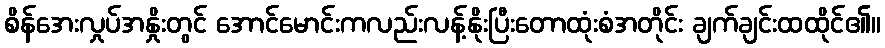
စိန်အေးလှုပ်အနှိုးတွင် အောင်မောင်းကလည်းလန့်နိုးပြီးတောထုံးစံအတိုင်း ချက်ချင်းထထိုင်၏။